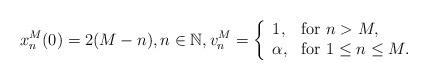
LaTeX: \begin{align*} x_{n}^{M}(0)=2(M-n),n\in \mathbb{N},v_{n}^{M}=\left\{\begin{array}{ll}1, & \textrm{for }n>M, \\\alpha, & \textrm{for }1\leq n\leq M.\end{array}\right.\end{align*}